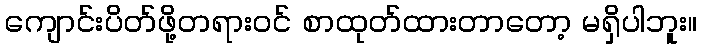
ကျောင်းပိတ်ဖို့တရားဝင် စာထုတ်ထားတာတော့ မရှိပါဘူး။